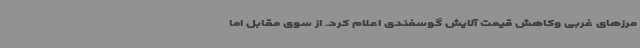
مرزهای غربی وکاهش قیمت آلایش گوسفندی اعلام کرد. از سوی مقابل اما